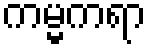
ကမ္မကရာ